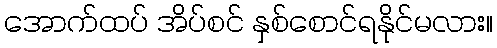
အောက်ထပ် အိပ်စင် နှစ်စောင်ရနိုင်မလား။